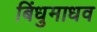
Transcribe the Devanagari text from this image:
बिंधुमाधव